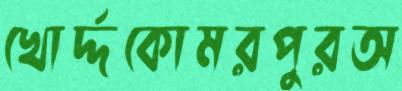
খোর্দ্দকোমরপুরঅ